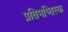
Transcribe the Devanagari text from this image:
प्रतिमष्तिस्क